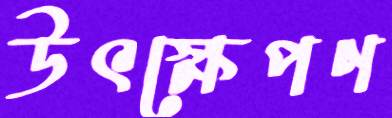
উৎক্ষেপণ